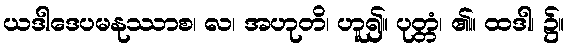
ယဒါဒေပမနုဿာစ၊ လ၊ အဟုတိ၊ ဟူ၍။ ပုတ္တံ၊ ၏။ ထဒါ၊ ၌။